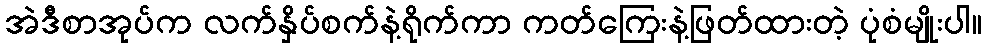
အဲဒီစာအုပ်က လက်နှိပ်စက်နဲ့ရိုက်ကာ ကတ်ကြေးနဲ့ဖြတ်ထားတဲ့ ပုံစံမျိုးပါ။